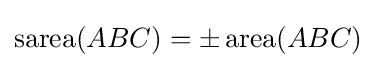
\operatorname {sarea} (ABC)=\pm \operatorname {area} (ABC)